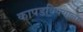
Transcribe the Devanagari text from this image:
कापडविक्याला